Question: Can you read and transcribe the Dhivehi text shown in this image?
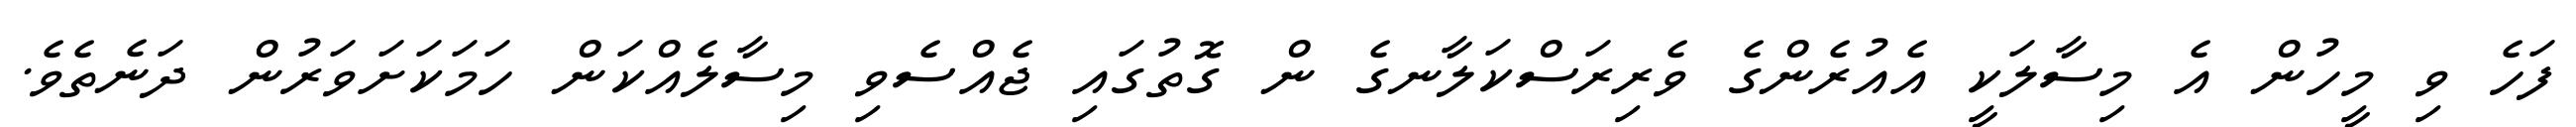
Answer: ފަހެ ވި މީހުން އެ މިސާލަކީ އެއުރެންގެ ވެރިރަސްކަލާނގެ ން ގޮތުގައި ޖެއްސެވި މިސާލެއްކަން ހަމަކަށަވަރުން ދަނެތެވެ.